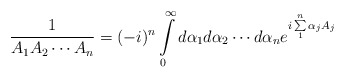
\begin{align*} \frac{1}{A_1A_2\cdots A_n}=(-i)^n\int\limits^{\infty}_0 d\alpha_1d\alpha_2\cdots d\alpha_n e^{i\sum\limits^n_1\alpha_jA_j}\end{align*}